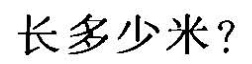
长多少米?